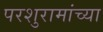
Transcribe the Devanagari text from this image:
परशुरामांच्या